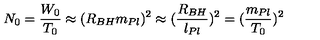
N _ { 0 } = \frac { W _ { 0 } } { T _ { 0 } } \approx ( R _ { B H } m _ { P l } ) ^ { 2 } \approx ( \frac { R _ { B H } } { l _ { P l } } ) ^ { 2 } = ( \frac { m _ { P l } } { T _ { 0 } } ) ^ { 2 }